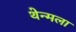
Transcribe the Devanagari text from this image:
थेन्मला